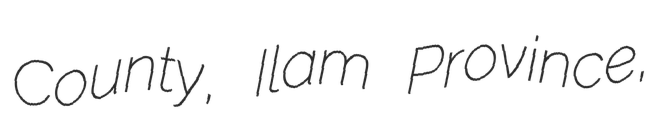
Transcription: County, Ilam Province,